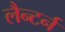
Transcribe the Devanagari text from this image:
लैन्टर्न